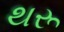
થરૂ